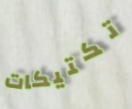
تكتيكات